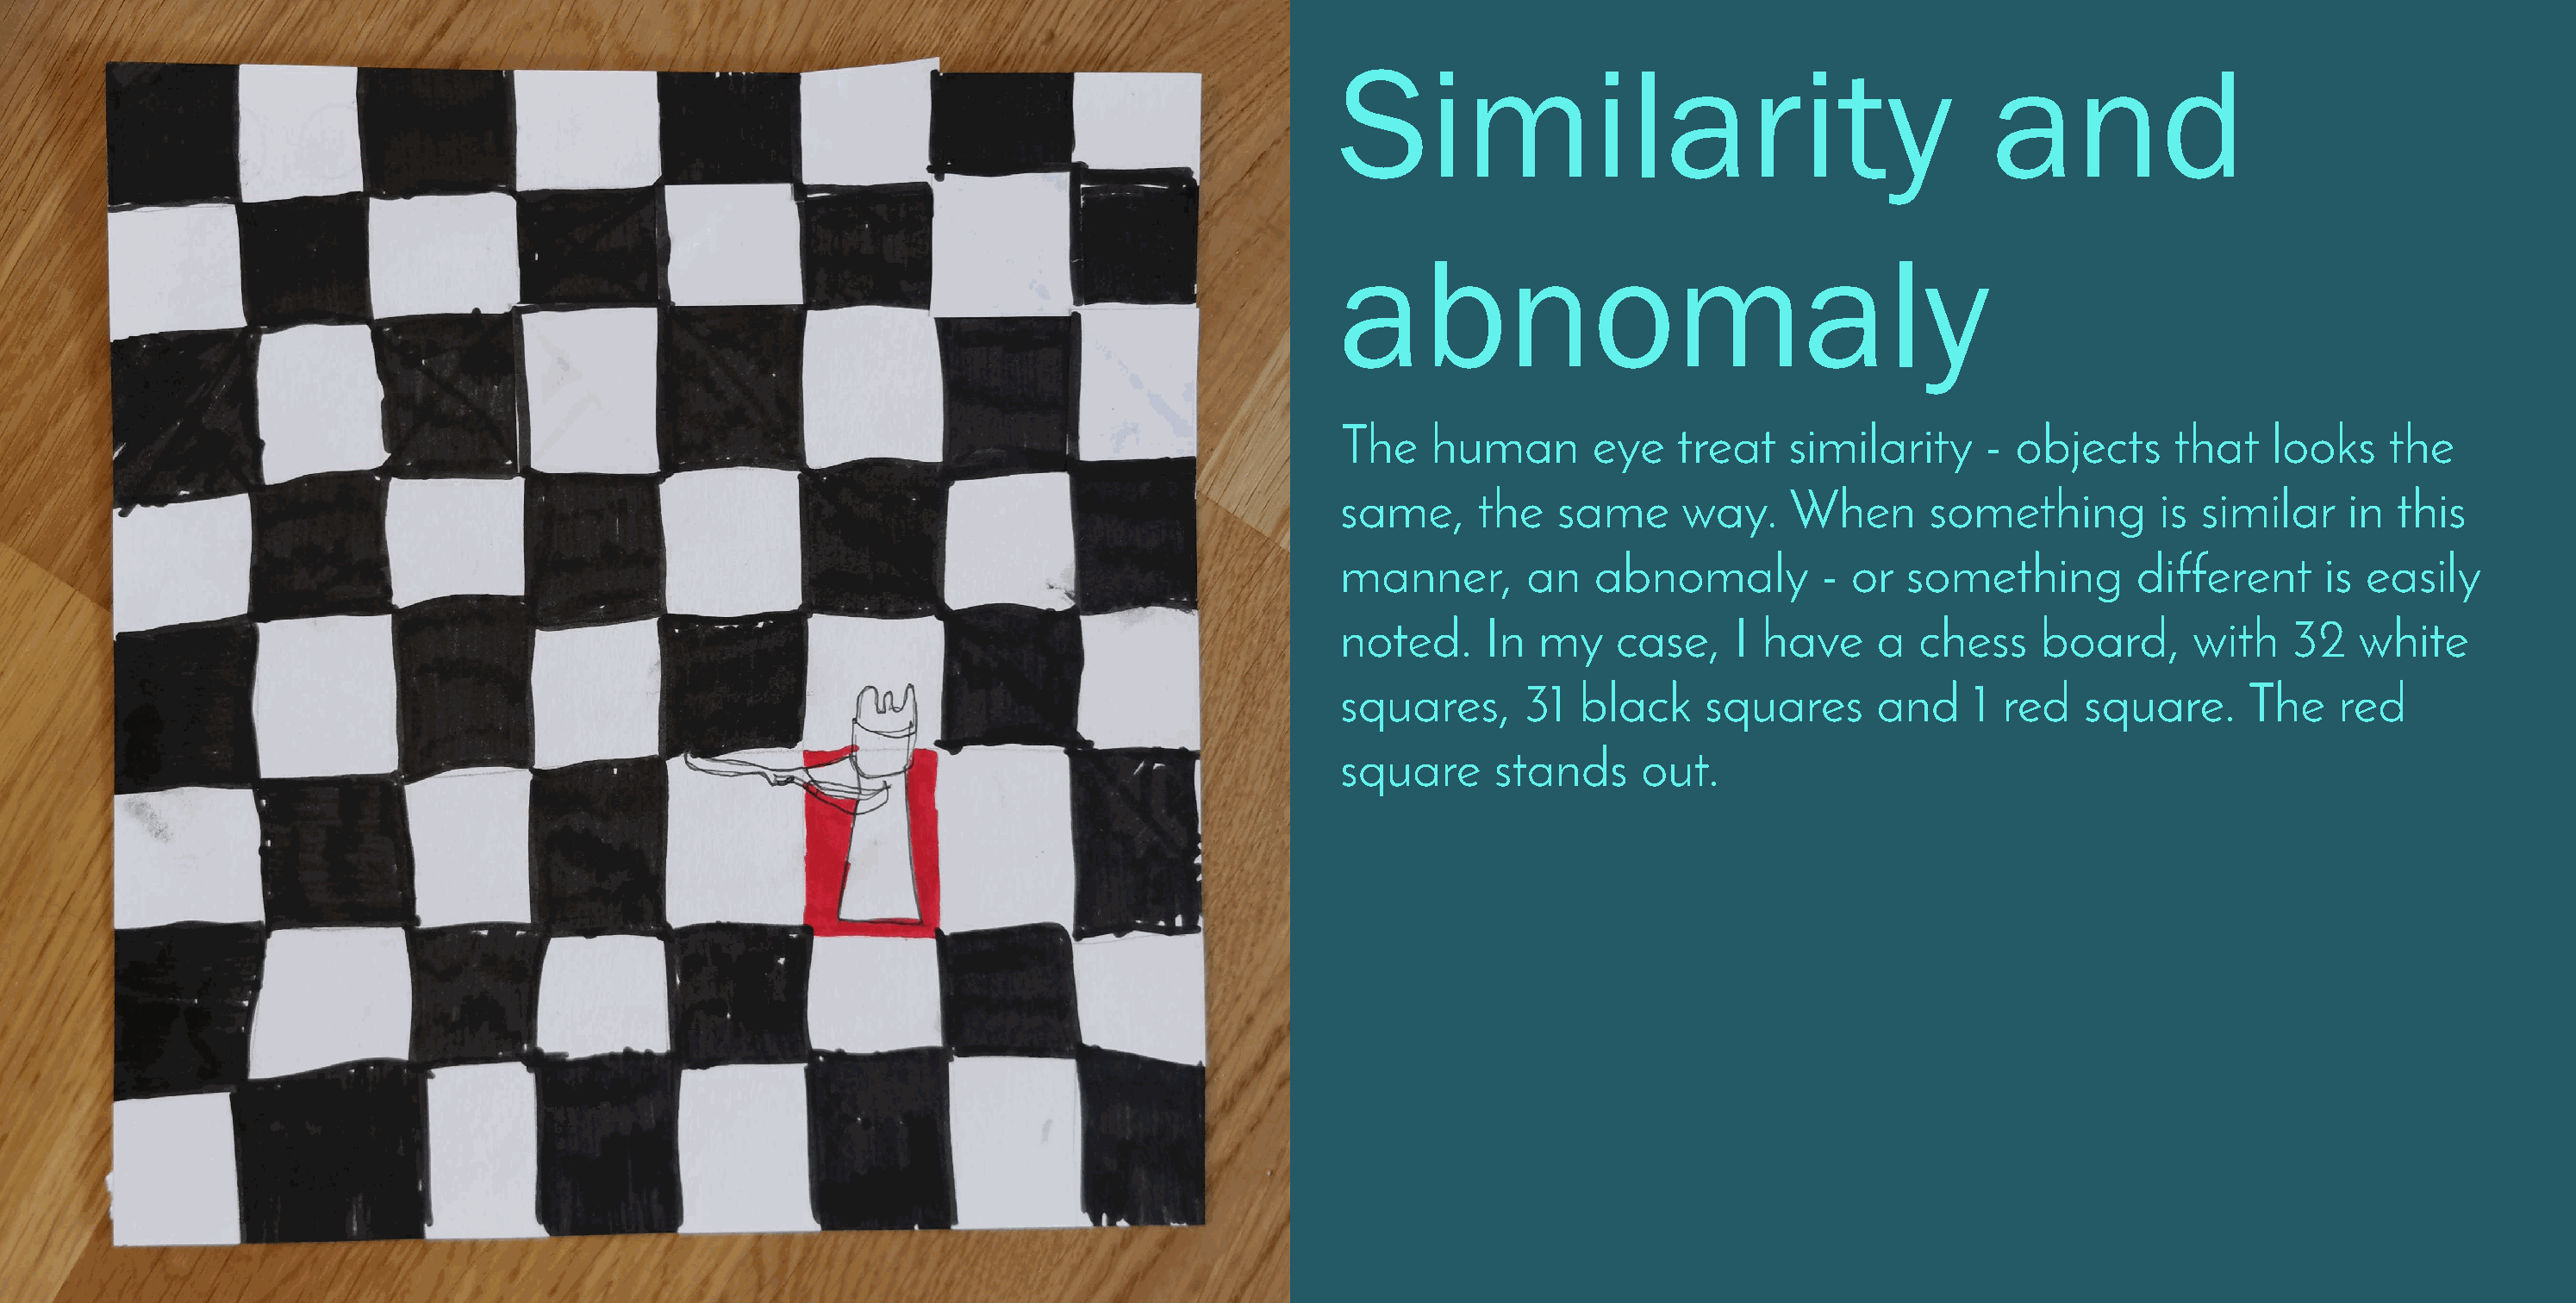
Similarity                                        and
 abnomaly
 The    human       eye    treat   similarity     -  objects     that   looks    the
 same,     the    same     way.    When       something         is similar    in  this
 manner,       an   abnomaly          - or  something         different      is easily
 noted.     In  my    case,    I have     a  chess     board,     with    32   white
 squares,      31  black     squares      and     1 red   square.      The    red
 square      stands     out.